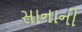
સાનાની